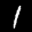
Label: 1